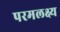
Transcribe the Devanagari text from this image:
परमलक्ष्य